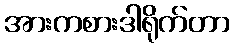
အားကစားဒါရိုက်တာ